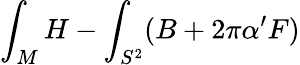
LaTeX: \int_{M}H-\int_{S^{2}}(B+2\pi\alpha^{\prime}F)